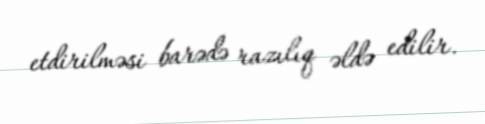
etdirilməsi barədə razılıq əldə edilir.